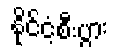
နိုင်ငံ့စီးပွား